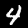
Label: 4